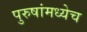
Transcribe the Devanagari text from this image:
पुरुषांमध्येच